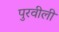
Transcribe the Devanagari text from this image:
पुरवीली